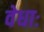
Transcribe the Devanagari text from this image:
वेधाः